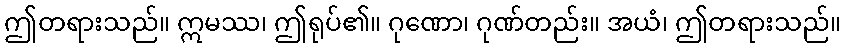
ဤတရားသည်။ ဣမဿ၊ ဤရုပ်၏။ ဂုဏော၊ ဂုဏ်တည်း။ အယံ၊ ဤတရားသည်။